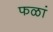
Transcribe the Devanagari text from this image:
फळां